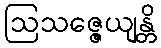
ဩသဇ္ဇေယျန္တိ